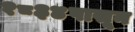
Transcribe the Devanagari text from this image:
१८३४पासून